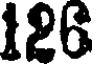
126